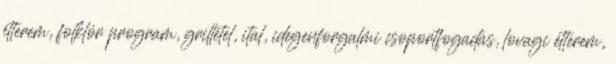
étterem, folklór program, grillétel, ital, idegenforgalmi csoportfogadás, lovagi étterem,